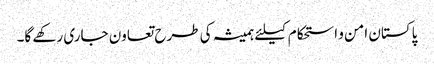
پاکستان امن و استحکام کیلئے ہمیشہ کی طرح تعاون جاری رکھے گا۔